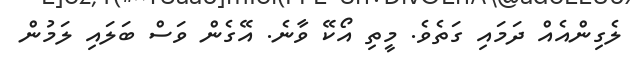
ލެގިންއެއް ދަމައި ގަތެވެ. މީތި އޯކޭ ވާނެ. އޭގެން ވަސް ބަލައި ލަމުން